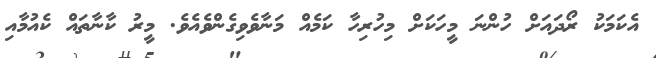
އެކަމަކު ރޯދައަށް ހުންނަ މީހަކަށް މިހުރިހާ ކަމެއް މަނާވެވިގެންވެއެވެ. މީރު ކާނާތައް ކެއުމާއި